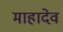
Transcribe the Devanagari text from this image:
माहादेव